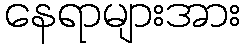
နေရာများအား